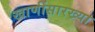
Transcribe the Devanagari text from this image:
खाणींसारख्या